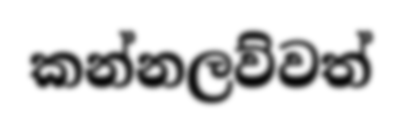
කන්නලව්වත්